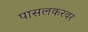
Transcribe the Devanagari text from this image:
पासलकरवर